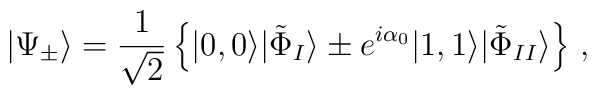
| \Psi_{\pm} \rangle = \frac{1}{\sqrt{2}} \left\{ |0,0\rangle|\tilde{\Phi}_{I} \rangle\pm e^{i\alpha_0 } |1,1\rangle |\tilde{\Phi}_{II} \rangle \right\} \, ,